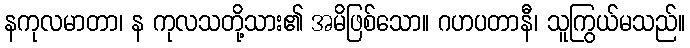
နကုလမာတာ၊ န ကုလသတို့သား၏ အမိဖြစ်သော။ ဂဟပတာနီ၊ သူကြွယ်မသည်။